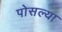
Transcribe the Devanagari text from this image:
पोसल्या